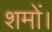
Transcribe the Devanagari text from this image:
शमों।